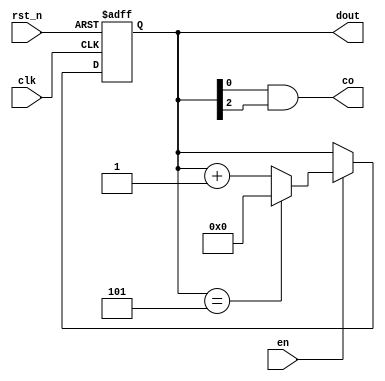
//`timescale 1ns / 1ps
//////////////////////////////////////////////////////////////////////////////////
// Company: 
// Engineer: 
// 
// Design Name: 
// Module Name: m_6
// Project Name: 
// Target Devices: 
// Tool Versions: 
// Description: 
// 
// Dependencies: 
// 
// Revision:
// Revision 0.01 - File Created
// Additional Comments:
// 

module m_6(clk, rst_n, en, dout, co);

    input clk;
    input rst_n;
    input en;
    output co;
    output[3:0] dout;
    reg [3:0] dout;
    
    always@(posedge clk or negedge rst_n)
    begin
        if(!rst_n)
            dout <=4'b0000;
        else if(en)
            if(dout==4'b0101)
                dout <= 4'b0000;
            else
                dout <= dout + 1'b1;
        else
            dout <= dout;
    end
assign co = dout[0]&dout[2];
endmodule